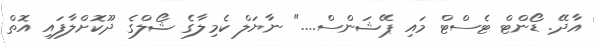
އާދޭ. ޑޯންޓް ޓެސްޓް މައި ޕޭޝަންސް...." ނާޔަލް ކެމިލާގެ ޝޯލްގެ ދޫކޮށްލާފައި އޮތް